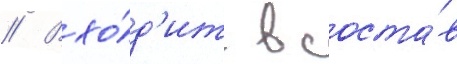
// Вхо́д'ит в соста́в